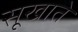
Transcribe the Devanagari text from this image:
सूखाते